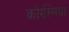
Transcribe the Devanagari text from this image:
कोरस्मिया